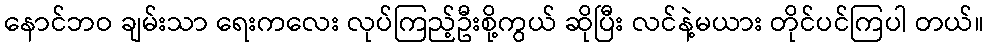
နောင်ဘဝ ချမ်းသာ ရေးကလေး လုပ်ကြည့်ဦးစို့ကွယ် ဆိုပြီး လင်နဲ့မယား တိုင်ပင်ကြပါ တယ်။